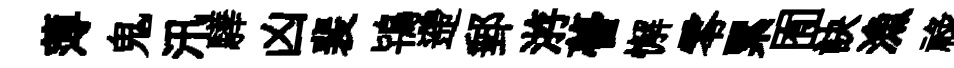
薄鬼汛驊凶裴鴇遰郵㳺瞢懈零累囿訣漁禄